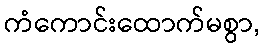
ကံကောင်းထောက်မစွာ,